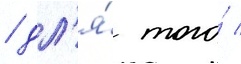
/ дл'я́ того́ /